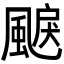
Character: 𩗭